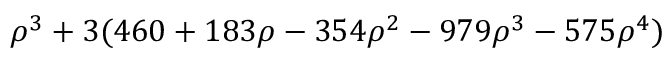
\rho ^ { 3 } + 3 ( 4 6 0 + 1 8 3 \rho - 3 5 4 \rho ^ { 2 } - 9 7 9 \rho ^ { 3 } - 5 7 5 \rho ^ { 4 } )